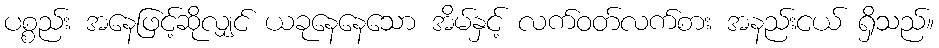
ပစ္စည်း အနေဖြင့်ဆိုလျှင် ယခုနေနေသော အိမ်နှင့် လက်ဝတ်လက်စား အနည်းငယ် ရှိသည်။